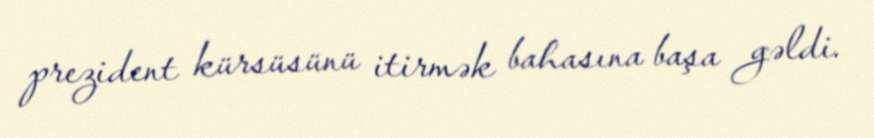
prezident kürsüsünü itirmək bahasına başa gəldi.